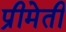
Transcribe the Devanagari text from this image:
प्रीमेती